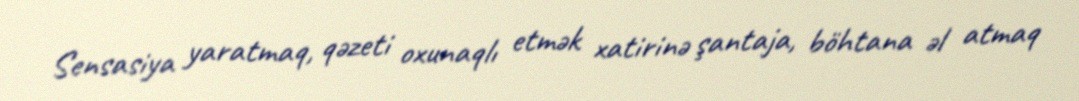
Sensasiya yaratmaq, qəzeti oxunaqlı etmək xatirinə şantaja, böhtana əl atmaq